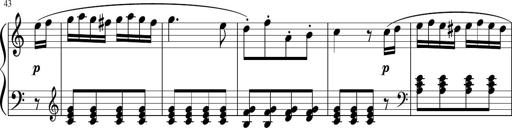
Title: 3 Sonatinen
Composer: Heinrich Lichner